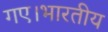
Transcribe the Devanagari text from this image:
गए।भारतीय